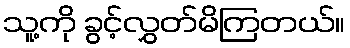
သူ့ကို ခွင့်လွှတ်မိကြတယ်။